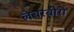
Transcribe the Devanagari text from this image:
लेबरबीरो